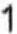
1